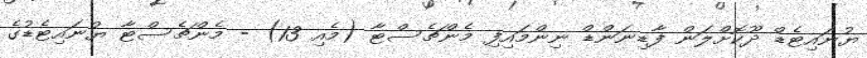
ޔުނައިޓެޑް ދޫކޮށްލަން ފާޑިނަންޑް ނިންމައިފި މެންޗެސްޓާ (މެއި 13) - މެންޗެސްޓާ ޔުނައިޓެޑުގެ